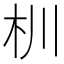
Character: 杊